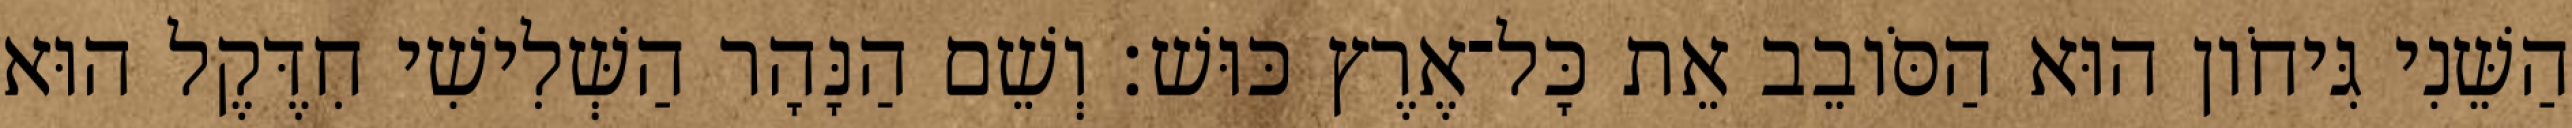
הַשֵּׁנִי גִּיחֹון הוּא הַסֹּובֵב אֵת כָּל־אֶרֶץ כּוּשׁ׃ וְשֵׁם הַנָּהָר הַשְּׁלִישִׁי חִדֶּקֶל הוּא